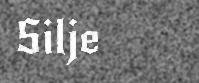
Silje